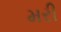
મરી